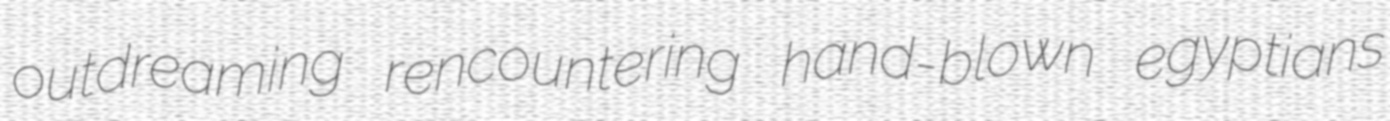
outdreaming rencountering hand-blown egyptians